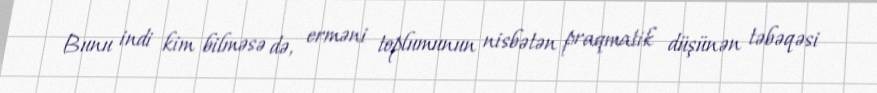
Bunu indi kim bilməsə də, erməni toplumunun nisbətən praqmatik düşünən təbəqəsi